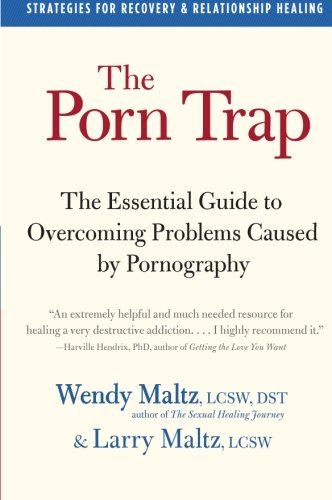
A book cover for The Porn Trap: The Essential Guide to Overcoming Problems Caused by Pornography; Wendy Maltz; Politics & Social Sciences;